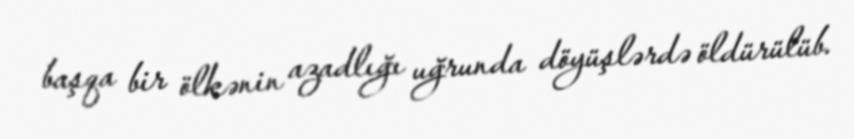
başqa bir ölkənin azadlığı uğrunda döyüşlərdə öldürülüb.